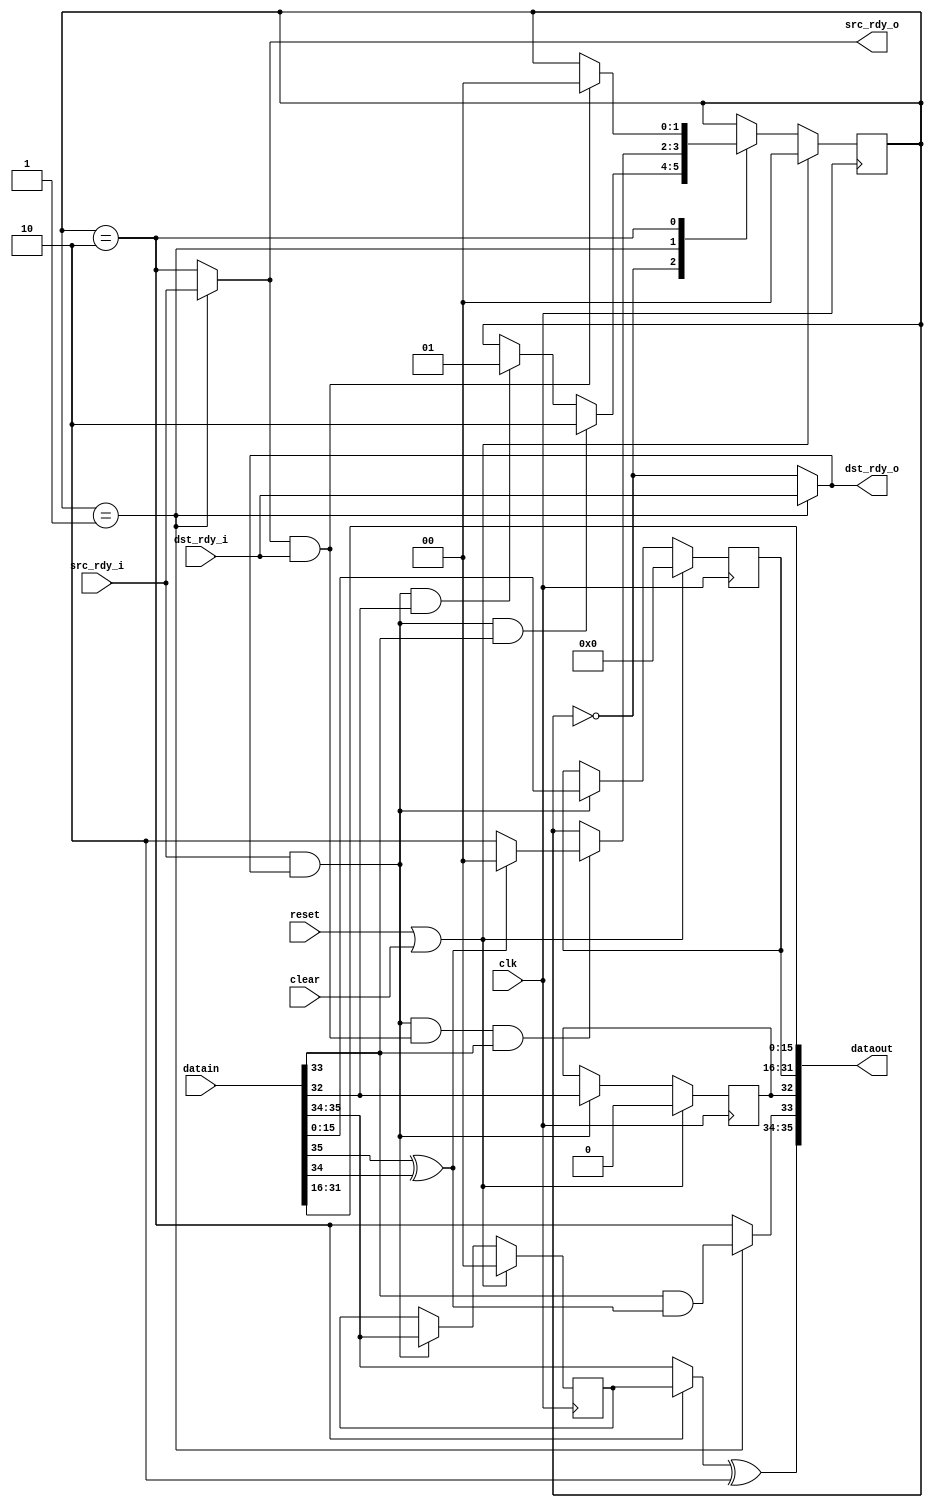
//
// Copyright 2011 Ettus Research LLC
//
// This program is free software: you can redistribute it and/or modify
// it under the terms of the GNU General Public License as published by
// the Free Software Foundation, either version 3 of the License, or
// (at your option) any later version.
//
// This program is distributed in the hope that it will be useful,
// but WITHOUT ANY WARRANTY; without even the implied warranty of
// MERCHANTABILITY or FITNESS FOR A PARTICULAR PURPOSE.  See the
// GNU General Public License for more details.
//
// You should have received a copy of the GNU General Public License
// along with this program.  If not, see <http://www.gnu.org/licenses/>.
//


////////////////////////////////////////////////////////////////////////
// Ethernet TX - Realign
//
// - removes a 2-byte pad from the front a fifo36 stream
// - occupancy is preserved
//

module ethtx_realign
   (input clk, input reset, input clear,
    input [35:0] datain, input src_rdy_i, output dst_rdy_o,
    output [35:0] dataout, output src_rdy_o, input dst_rdy_i);

   reg [1:0] 	  state;
   reg [15:0] 	  held;
   reg [1:0] 	  held_occ;
   reg 		  held_sof;
   
   wire 	  xfer_in = src_rdy_i & dst_rdy_o;
   wire 	  xfer_out = src_rdy_o & dst_rdy_i;

   wire 	  sof_in = datain[32];
   wire 	  eof_in = datain[33];
   wire [1:0] 	  occ_in = datain[35:34];
   wire 	  occ_low = occ_in[1] ^ occ_in[0]; //occ is 1 or 2

   always @(posedge clk)
     if(reset | clear)
       begin
	  held <= 0;
	  held_occ <= 0;
	  held_sof <= 0;
       end
     else if(xfer_in)
       begin
	  held <= datain[15:0];
	  held_occ <= occ_in;
	  held_sof <= sof_in;
       end
   
   localparam RE_IDLE = 0;
   localparam RE_HELD = 1;
   localparam RE_DONE = 2;

   always @(posedge clk)
     if(reset | clear)
       state <= RE_IDLE;
     else
       case(state)
	 RE_IDLE :
	   if(xfer_in & eof_in)
	     state <= RE_DONE;
	   else if(xfer_in & sof_in)
	     state <= RE_HELD;

	 RE_HELD :
	   if(xfer_in & xfer_out & eof_in)
	     if(occ_low)
	       state <= RE_IDLE;
	     else
	       state <= RE_DONE;

	 RE_DONE :
	   if(xfer_out)
	     state <= RE_IDLE;
	 
       endcase // case (state)

   wire sof_out = held_sof;
   wire eof_out = (state == RE_HELD)? (eof_in & occ_low) : (state == RE_DONE);
   wire [1:0] occ_out = ((state == RE_DONE)? held_occ : occ_in) ^ 2'b10; //(occ + 2)%4

   assign dataout = {occ_out,eof_out,sof_out,held,datain[31:16]};
   assign src_rdy_o = (state == RE_HELD)? src_rdy_i : (state == RE_DONE);
   assign dst_rdy_o = (state == RE_HELD)? dst_rdy_i : (state == RE_IDLE);

endmodule // ethtx_realign